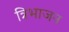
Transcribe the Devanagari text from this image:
त्रिभाजन